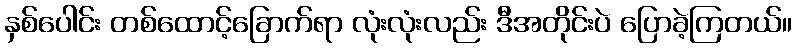
နှစ်ပေါင်း တစ်ထောင့်ခြောက်ရာ လုံးလုံးလည်း ဒီအတိုင်းပဲ ပြောခဲ့ကြတယ်။